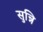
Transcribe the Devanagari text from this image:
सुन्नि